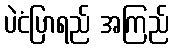
ပဲငံပြာရည် အကြည်